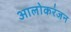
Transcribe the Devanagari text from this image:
आलोकरंजन